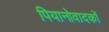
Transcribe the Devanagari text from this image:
पियानोवादकों